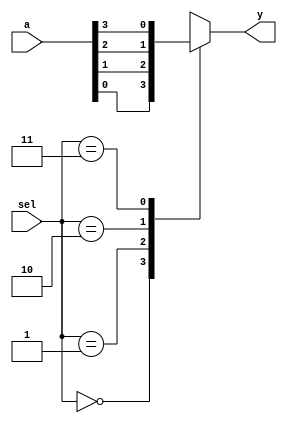
//Description:	4:1 mux design

module mux4_1(a,
              sel,
              y);



// Defining the port directions

        input [3:0]a;
        input [1:0]sel;
        output  y;
        wire [3:0]a;
        wire [1:0]sel;
        reg y;


// MUX behaviour

       always@(*)
  begin
    case(sel)
      2'd0:y=a[0];
      2'd1:y=a[1];
      2'd2:y=a[2];
      2'd3:y=a[3];
    endcase
  end


endmodule